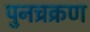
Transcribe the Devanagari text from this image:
पुनच्रक्रण